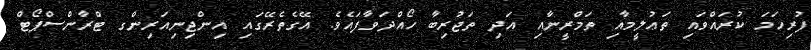
ފުރިހަމަ ކުރައްވައި ތަޢުލީމާއި ތަމްރީނާއި އަދި ތަޖުރިބާ ހޯއްދަވާފައެވެ. އޭގެތެރޭގައި އިންޖިނިއަރިންގ ޓްރާންސްޕޯޓް